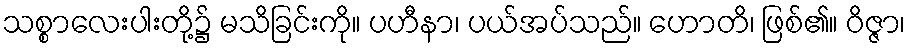
သစ္စာလေးပါးတို့၌ မသိခြင်းကို။ ပဟီနာ၊ ပယ်အပ်သည်။ ဟောတိ၊ ဖြစ်၏။ ဝိဇ္ဇာ၊